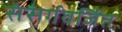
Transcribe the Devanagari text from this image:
संसर्गवर्जित